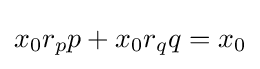
x_{0}r_{p}p+x_{0}r_{q}q=x_{0}